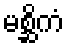
မစ္ဆိကံ